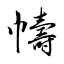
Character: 幬